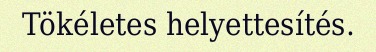
Tökéletes helyettesítés.